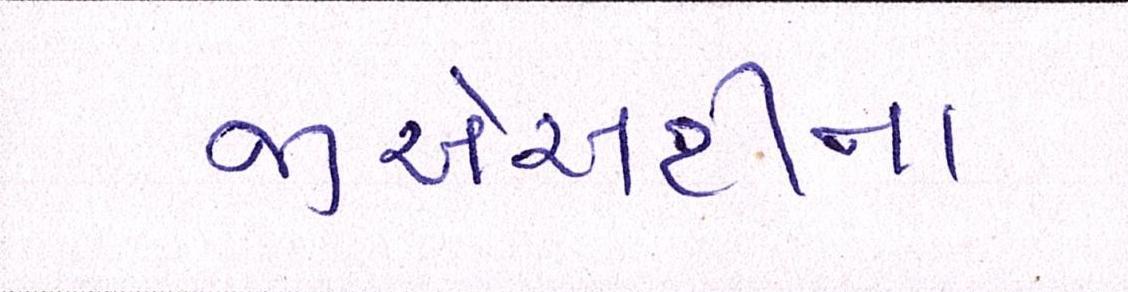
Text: જીએસટીના